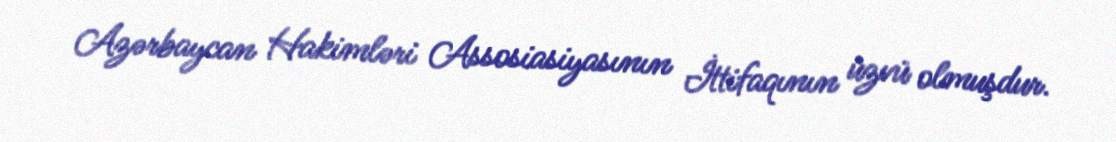
Azərbaycan Hakimləri Assosiasiyasının İttifaqının üzvü olmuşdur.